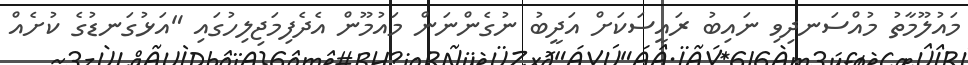
މައުލޫމާތު މުއްސަނދިވި ނައިބު ރައީސަކަށް އަދީބު ނުގެންނަން މައުމޫން އެދެފިމަޖިލިހުގައި "އަޅުގަނޑުގެ ކުށެއް